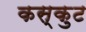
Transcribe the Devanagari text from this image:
कस्कुट